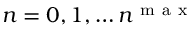
n = 0 , 1 , \ldots n ^ { \mathrm { ~ m ~ a ~ x ~ } }